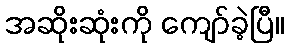
အဆိုးဆုံးကို ကျော်ခဲ့ပြီ။